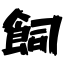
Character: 飼